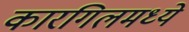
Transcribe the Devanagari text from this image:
कारगिलमध्ये